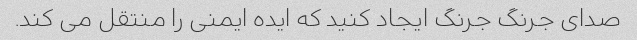
صدای جرنگ جرنگ ایجاد کنید که ایده ایمنی را منتقل می کند.